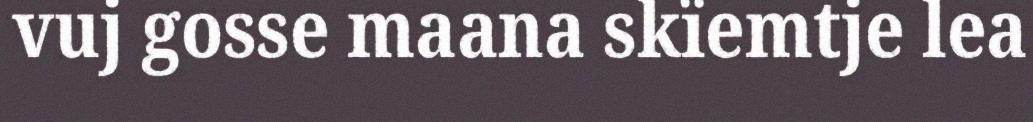
vuj gosse maana skïemtje lea